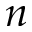
n